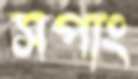
সপাং